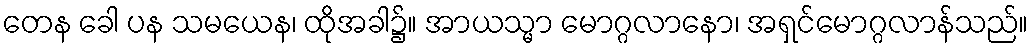
တေန ခေါ ပန သမယေန၊ ထိုအခါ၌။ အာယသ္မာ မောဂ္ဂလာနော၊ အရှင်မောဂ္ဂလာန်သည်။